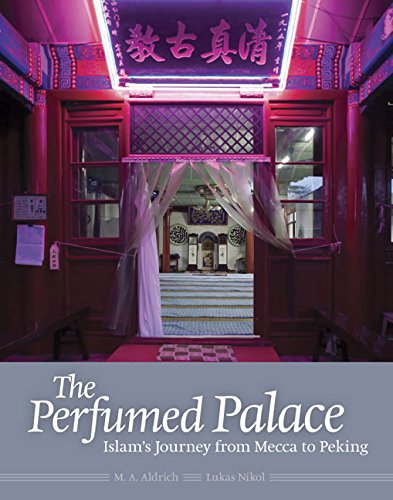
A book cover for The Perfumed Palace: Islam's Journey from Mecca to Peking; Lukas Nikol; Religion & Spirituality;